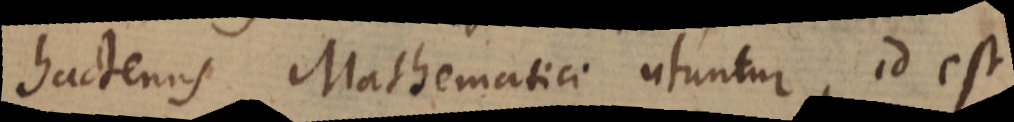
hactenus Mathematici utuntur, id est